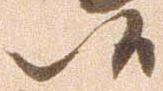
候